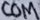
Text: COM